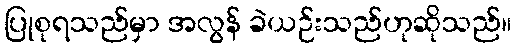
ပြုစုရသည်မှာ အလွန် ခဲယဉ်းသည်ဟုဆိုသည်။